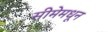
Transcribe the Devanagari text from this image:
सीमेमधून